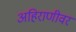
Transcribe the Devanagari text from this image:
अहिराणीवर